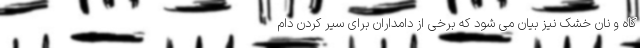
کاه و نان خشک نیز بیان می شود که برخی از دامداران برای سیر کردن دام